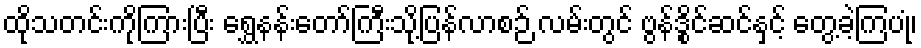
ထိုသတင်းကိုကြားပြီး ရွှေနန်းတော်ကြီးသို့ပြန်လာစဉ် လမ်းတွင် ဗွန်ဒွိုင်ဆင်နှင့် တွေ့ခဲ့ကြပုံ၊